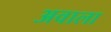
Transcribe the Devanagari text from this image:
अवाला